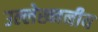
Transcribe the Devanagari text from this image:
उल्लेख्ननीय